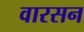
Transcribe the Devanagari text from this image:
वारसन